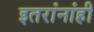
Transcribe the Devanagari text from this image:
इतरांनांही